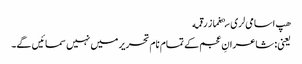
هپ اسامی‌لری سېغماز رقمه
یعنی: شاعرانِ عجم کے تمام نام تحریر میں نہیں سمائیں گے۔